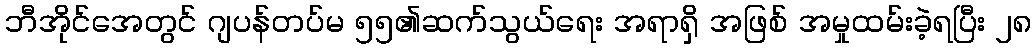
ဘီအိုင်အေတွင် ဂျပန်တပ်မ ၅၅၏ဆက်သွယ်ရေး အရာရှိ အဖြစ် အမှုထမ်းခဲ့ရပြီး ၂၈